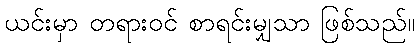
ယင်းမှာ တရားဝင် စာရင်းမျှသာ ဖြစ်သည်။